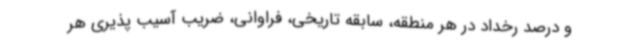
و درصد رخداد در هر منطقه، سابقه تاریخی، فراوانی، ضریب آسیب پذیری هر